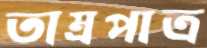
তাম্রপাত্র